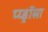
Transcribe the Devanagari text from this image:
प्य्ड्रॉसा